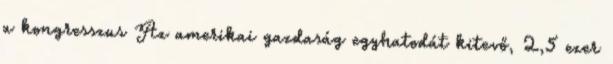
a kongresszus Az amerikai gazdaság egyhatodát kitevő, 2,5 ezer